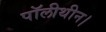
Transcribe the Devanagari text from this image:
पॉलीथीन।